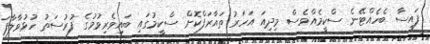
ފައިސާ ބެހެއްޓޭނެ ސްކީމެއްވެސް މިދިއަ އަހަރު ތައާރަފްކޮށް ސްކީމުގައި ބައިވެރިވުމުގެ ފުރުސަތު ހުޅުވާލާފަ